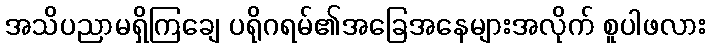
အသိပညာမရှိကြချေ ပရိုဂရမ်၏အခြေအနေများအလိုက် စူပါဖလား